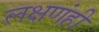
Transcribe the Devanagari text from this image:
लक्षणंही